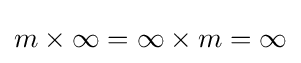
m\times \infty =\infty \times m=\infty